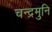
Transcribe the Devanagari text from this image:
चन्द्रमुनि